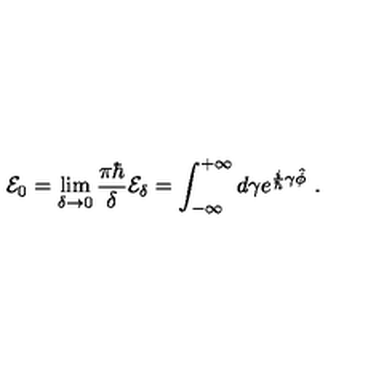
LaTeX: { \cal E } _ { 0 } = \lim _ { \delta \rightarrow 0 } \frac { \pi \hbar } { \delta } { \cal E } _ { \delta } = \int _ { - \infty } ^ { + \infty } d \gamma e ^ { \frac { i } { \hbar } \gamma \hat { \phi } } \ .